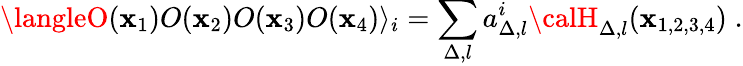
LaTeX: \langleO(\mathbf{x}_{1})O(\mathbf{x}_{2})O(\mathbf{x}_{3})O(\mathbf{x}_{4})\rangle_{i}=\sum_{\Delta,l}a_{\Delta,l}^{i}{\calH}_{\Delta,l}(\mathbf{x}_{1,2,3,4})\; .